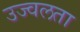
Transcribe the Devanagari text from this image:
उज्वलता